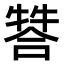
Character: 𤚻